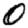
Digit: 0